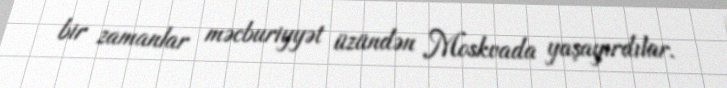
bir zamanlar məcburiyyət üzündən Moskvada yaşayırdılar.